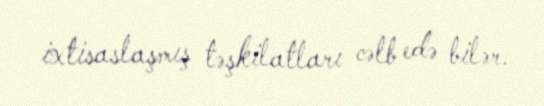
ixtisaslaşmış təşkilatları cəlb edə bilər.